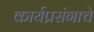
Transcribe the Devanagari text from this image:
कार्यप्रसंगाचे